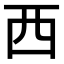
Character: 西